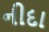
નીદા